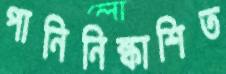
পানিনিষ্কাশিত